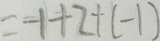
= - 1 + 2 + ( - 1 )